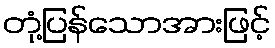
တုံ့ပြန်သောအားဖြင့်